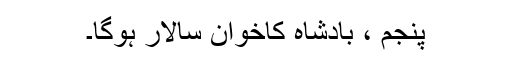
پنجم ، بادشاہ کاخوان سالار ہوگا۔